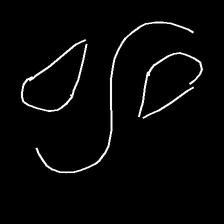
Glyph: water